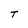
Character: T